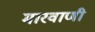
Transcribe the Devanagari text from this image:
मारवाणी